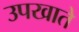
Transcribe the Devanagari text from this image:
उपखाते